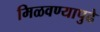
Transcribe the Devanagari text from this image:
मिळवण्यापुढे